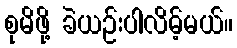
စုမိဖို့ ခဲယဉ်းပါလိမ့်မယ်။